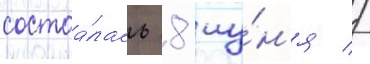
состоа́лась 8 иу́н'я //